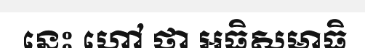
នេះ ហៅ ថា អធិសមាធិ